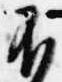
不